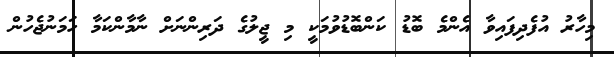
މިހާރު އުފެދިފައިވާ އެންމެ ބޮޑު ކަންބޮޑުވުމަކީ މި ޖީލުގެ ދަރިންނަށް ނާމާންކަމާ ހަމަނުޖެހުން